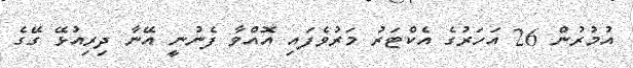
އުމުރުން 26 އަހަރުގެ އެކްޓަރު މަރުވެފައި އޮއްވާ ފެނުނީ އޭނާ ދިރިއުޅޭ ގޭގެ